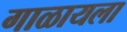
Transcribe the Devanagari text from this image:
गाळायला